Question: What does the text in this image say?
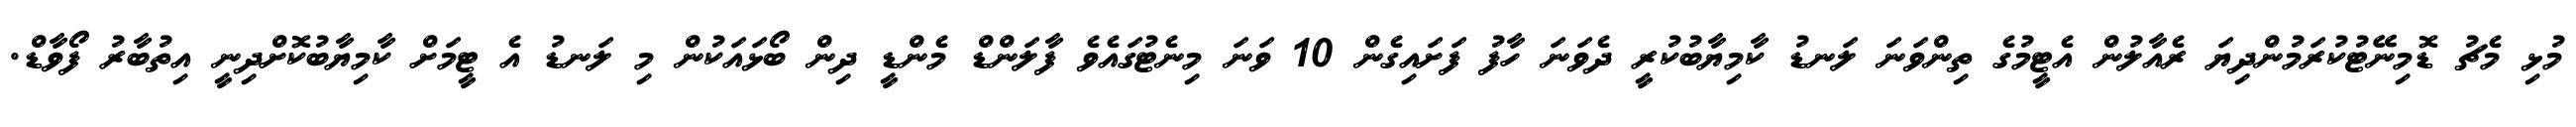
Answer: މުޅި މެޗު ޑޮމިނޭޓުކުރަމުންދިޔަ ރެއާލުން އެޓީމުގެ ތިންވަނަ ލަނޑު ކާމިޔާބުކުރީ ދެވަނަ ހާފު ފަށައިގެން 10 ވަނަ މިނެޓުގައެވެ ފާލަންޑް މެންޑީ ދިން ބޯޅައަކުން މި ލަނޑު އެ ޓީމަށް ކާމިޔާބުކޮށްދިނީ އިތުބާރު ފޯވާޑް.